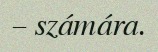
– számára.